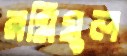
রমিমুল